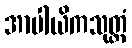
အာပါယိကသုတ္တံ